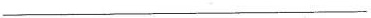
___